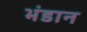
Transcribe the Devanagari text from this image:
भंडान